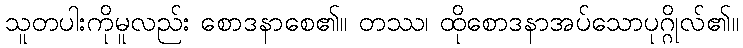
သူတပါးကိုမူလည်း စောဒနာစေ၏။ တဿ၊ ထိုစောဒနာအပ်သောပုဂ္ဂိုလ်၏။